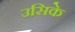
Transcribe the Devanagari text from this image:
उसिके